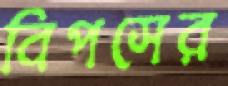
বিপসের